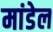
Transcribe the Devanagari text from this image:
मांडेल